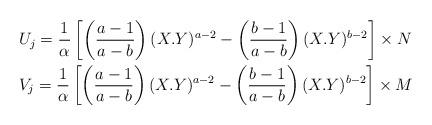
LaTeX: \begin{align*}&U_{j}=\frac{1}{\alpha}\left[\left(\frac{a-1}{a-b}\right)(X.Y)^{a-2}-\left(\frac{b-1}{a-b}\right)(X.Y)^{b-2}\right]\times N\\&V_{j}=\frac{1}{\alpha}\left[\left(\frac{a-1}{a-b}\right)(X.Y)^{a-2}-\left(\frac{b-1}{a-b}\right)(X.Y)^{b-2}\right]\times M \end{align*}